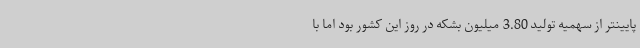
پایینتر از سهمیه تولید 3.80 میلیون بشکه در روز این کشور بود اما با